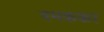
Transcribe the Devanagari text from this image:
दमककर